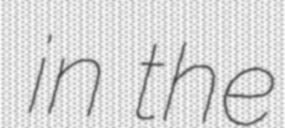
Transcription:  in the